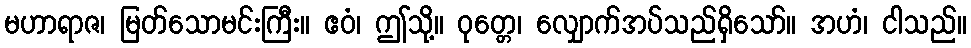
မဟာရာဇ၊ မြတ်သောမင်းကြီး။ ဧဝံ၊ ဤသို့။ ဝုတ္တေ၊ လျှောက်အပ်သည်ရှိသော်။ အဟံ၊ ငါသည်။